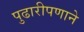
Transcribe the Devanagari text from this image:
पुढारीपणाने